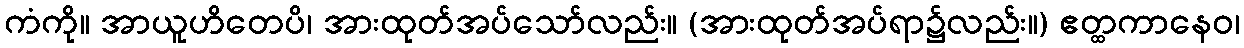
ကံကို။ အာယူဟိတေပိ၊ အားထုတ်အပ်သော်လည်း။ (အားထုတ်အပ်ရာ၌လည်း။) ဧတ္ထကာနေဝ၊